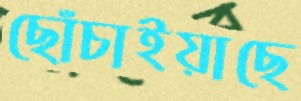
ছোঁচাইয়াছে